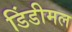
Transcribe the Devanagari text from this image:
डिंडीमल